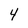
Character: 4